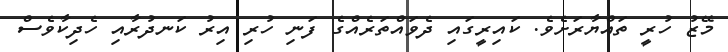
މޭޒު ހުރީ ތައްޔާރަށެވެ. ކައިރީގައި ދެވައްތަރެއްގެ ފަނި ހުރި އިރު ކަނދުރާއި ހެދިކާވެސް